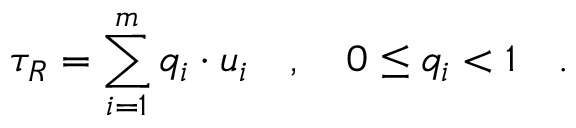
\tau _ { R } = \sum _ { i = 1 } ^ { m } q _ { i } \cdot u _ { i } \quad , \quad 0 \le q _ { i } < 1 \quad .